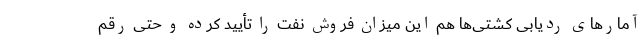
آمارهای ردیابی کشتی‌ها هم این میزان فروش نفت را تأیید کرده و حتی رقم